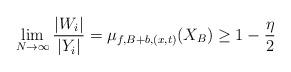
LaTeX: \begin{align*}\lim_{N \to \infty} \frac{|W_i|}{|Y_i|} = \mu_{f,B+b,(x,t)}(X_B) \ge 1 - \frac{\eta}{2}\end{align*}